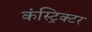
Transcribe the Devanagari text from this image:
कंस्ट्रिक्टर